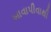
ખાવાપીવાથી